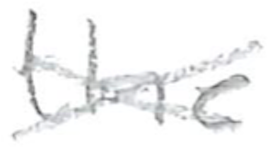
Text: that
Cross-out: cross
Writing tool: pencil